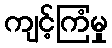
ကျင့်ကြံမှု